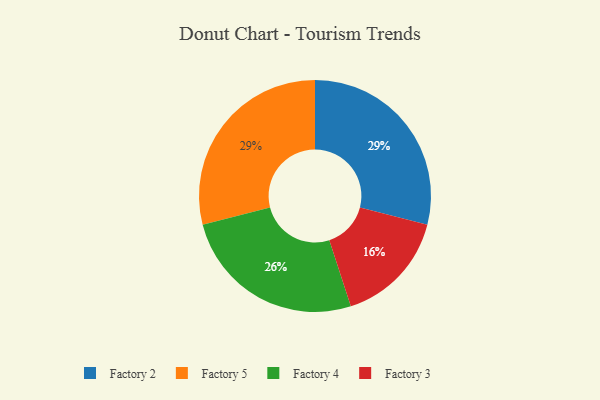
{"axis": {"x": "Category", "y": "Percentage"}, "legend": ["Factory 2", "Factory 3", "Factory 4", "Factory 5"], "data": [{"x": "Factory 2", "y": 29, "type": "Factory 2"}, {"x": "Factory 4", "y": 26, "type": "Factory 4"}, {"x": "Factory 5", "y": 29, "type": "Factory 5"}, {"x": "Factory 3", "y": 16, "type": "Factory 3"}]}